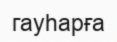
гауһарға